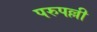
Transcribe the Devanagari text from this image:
परुपल्ली